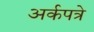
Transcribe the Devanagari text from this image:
अर्कपत्रे